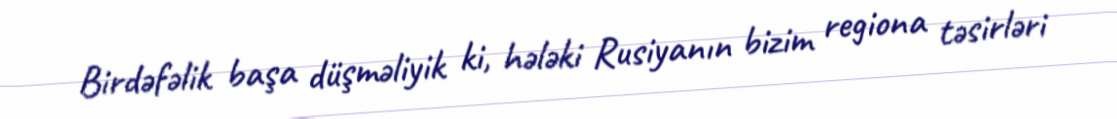
Birdəfəlik başa düşməliyik ki, hələki Rusiyanın bizim regiona təsirləri